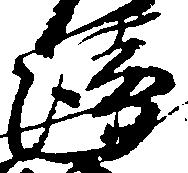
衛